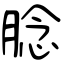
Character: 腍